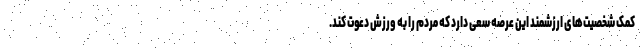
کمک شخصیت‌های ارزشمند این عرصه سعی دارد که مردم را به ورزش دعوت کند.